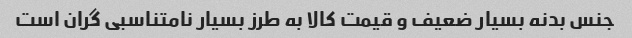
جنس بدنه بسیار ضعیف و قیمت کالا به طرز بسیار نامتناسبی گران است